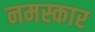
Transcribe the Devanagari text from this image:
नमस्कार